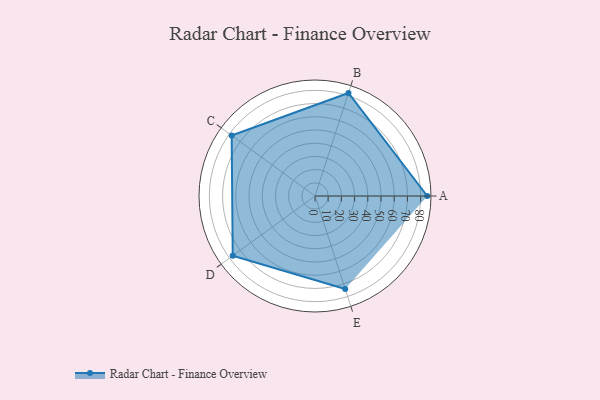
{"axis": {"x": "Skill", "y": "Score"}, "legend": ["Profile"], "data": [{"x": "A", "y": 85.0, "type": "Profile"}, {"x": "B", "y": 82.0, "type": "Profile"}, {"x": "C", "y": 78.0, "type": "Profile"}, {"x": "D", "y": 77.0, "type": "Profile"}, {"x": "E", "y": 74.0, "type": "Profile"}]}